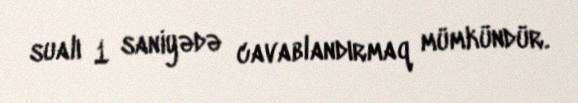
sualı 1 saniyədə cavablandırmaq mümkündür.